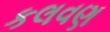
કલવણ